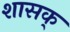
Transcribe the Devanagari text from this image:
शासक्